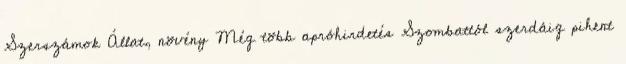
Szerszámok Állat, növény Még több apróhirdetés Szombattól szerdáig pihent